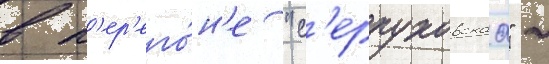
в п'ер'его́н'е "с'ерпуховскаа" -